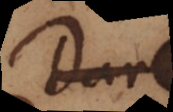
Dari